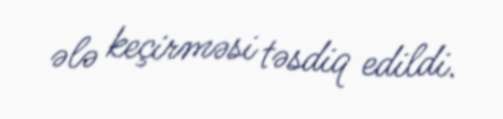
ələ keçirməsi təsdiq edildi.